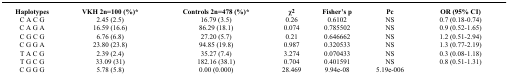
<table><thead><tr><td><b>Haplotypes</b></td><td><b>VKH 2n=100 (%)*</b></td><td><b>Controls 2n=478 (%)*</b></td><td><b>χ<sup>2</sup></b></td><td><b>Fisher’s p</b></td><td><b>Pc</b></td><td><b>OR (95% CI)</b></td></tr></thead><tbody><tr><td>C A C G</td><td>2.45 (2.5)</td><td>16.79 (3.5)</td><td>0.26</td><td>0.6102</td><td>NS</td><td>0.7 (0.18-0.74)</td></tr><tr><td>C A G A</td><td>16.59 (16.6)</td><td>86.29 (18.1)</td><td>0.074</td><td>0.785502</td><td>NS</td><td>0.9 (0.52-1.65)</td></tr><tr><td>C G C G</td><td>6.76 (6.8)</td><td>27.20 (5.7)</td><td>0.21</td><td>0.646662</td><td>NS</td><td>1.2 (0.51-2.94)</td></tr><tr><td>C G G A</td><td>23.80 (23.8)</td><td>94.85 (19.8)</td><td>0.987</td><td>0.320533</td><td>NS</td><td>1.3 (0.77-2.19)</td></tr><tr><td>T A C G</td><td>2.39 (2.4)</td><td>35.27 (7.4)</td><td>3.274</td><td>0.070433</td><td>NS</td><td>0.3 (0.08-1.18)</td></tr><tr><td>T G C G</td><td>33.09 (31)</td><td>182.16 (38.1)</td><td>0.704</td><td>0.401591</td><td>NS</td><td>0.8 (0.51-1.31)</td></tr><tr><td>C G G G</td><td>5.78 (5.8)</td><td>0.00 (0.000)</td><td>28.469</td><td>9.94e-08</td><td>5.19e-006</td><td></td></tr></tbody></table>